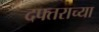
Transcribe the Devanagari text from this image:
दफ्तराच्या